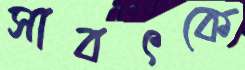
সাবৎকে